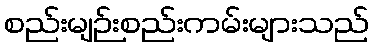
စည်းမျဉ်းစည်းကမ်းများသည်